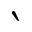
\backprime